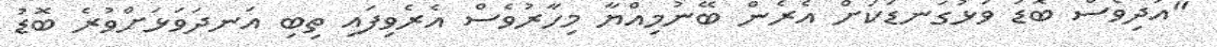
"އަދިވެސް ބޮޑު ވަޅުގަނޑަކަށް އެރެން ބޭނުމިއްޔާ މިހާރުވެސް އެރެވިފައި ތިބި އަނދަވަޅަށްވުރެ ބޮޑު